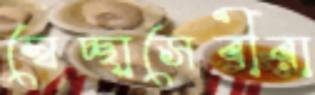
স্বেচ্ছাসেবীরা